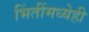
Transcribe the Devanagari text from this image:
भिंतींमध्येही